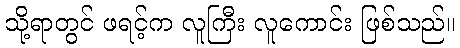
သို့ရာတွင် ဖရင့်က လူကြီး လူကောင်း ဖြစ်သည်။